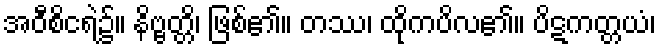
အဝီစိငရဲ၌။ နိဗ္ဗတ္တိ၊ ဖြစ်၏။ တဿ၊ ထိုကပိလ၏။ ပိဋကတ္တယံ၊